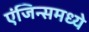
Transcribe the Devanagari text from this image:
एंजिन्समध्ये